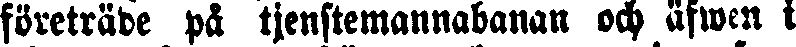
företräde på tjenstemannabanan och äfwen i